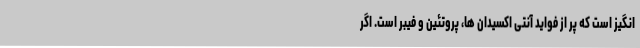
انگیز است که پر از فواید آنتی اکسیدان ها، پروتئین و فیبر است. اگر